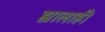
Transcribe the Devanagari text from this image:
ह्यालाही